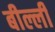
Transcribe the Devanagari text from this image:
बील्ली